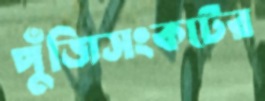
পুঁজিসংকটের